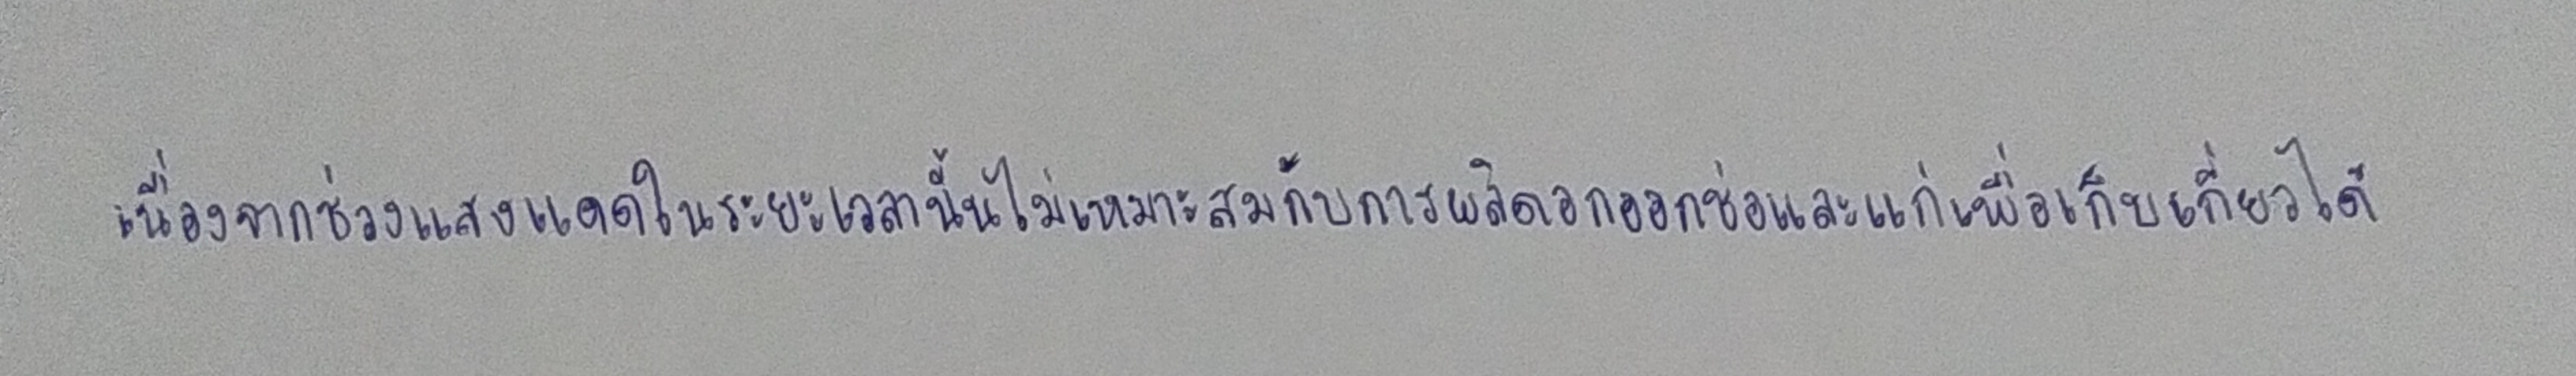
เนื่องจากช่วงแสงแดดในระยะเวลานั้นไม่เหมาะสมกับการผลิดอกออกช่อและแก่เพื่อเก็บเกี่ยวได้